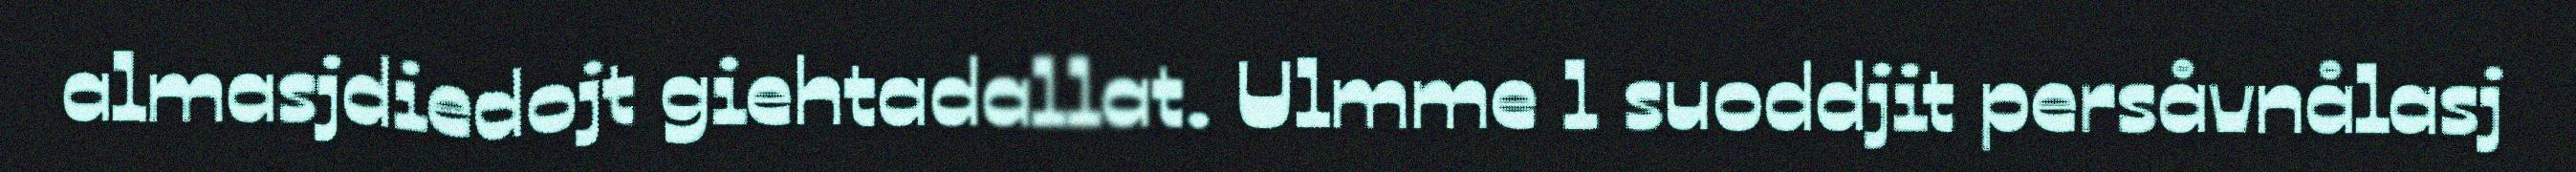
almasjdiedojt giehtadallat. Ulmme l suoddjit persåvnålasj